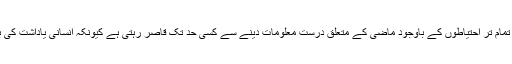
(8) لیکن زبانی روایات تمام تر احتیاطوں کے باوجود ماضی کے متعلق درست معلومات دینے سے کسی حد تک قاصر رہتی ہے کیونکہ انسانی یاداشت کی بھی کچھ کمزوریاں ہیں۔